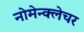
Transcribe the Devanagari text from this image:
नोमेन्क्लेचर